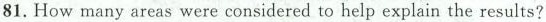
81. How many areas were considered to help explain the results?